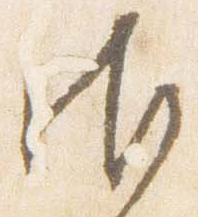
御